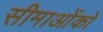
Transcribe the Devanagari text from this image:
सीमाओंको